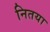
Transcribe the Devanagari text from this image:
नितया